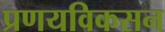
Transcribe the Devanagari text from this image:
प्रणयविकसन